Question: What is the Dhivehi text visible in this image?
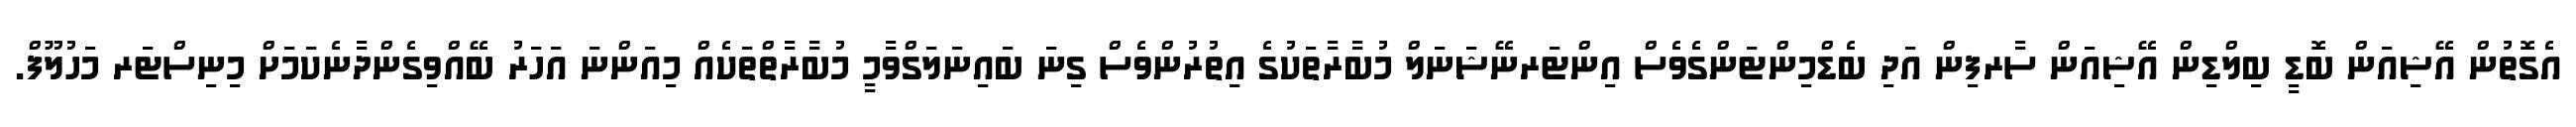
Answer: އެގޮތުން އޭޝިއަން ބޮޑީ ބިލްޑިން އޭޝިއަން ސާރފިން އަދި ބެޑްމިންޓަންގެވެސް އިންޓަރނޭޝަނަލް މުބާރާތަކުގެ އިތުރުންވެސް ގިނަ ބައިނަލަގްވާމީ މުބާރާތްތަކެއް މިއަންނަ އަހަރު ބޭއްވިގެންދާނެކަމަށް މިނިސްޓަރ މަހުލޫފް.